Annual report of the Civil Veterinary Department, Bengal, and of the Bengal Veterinary College, for the year 1902-1903 - 1902-1903
Year: 1902
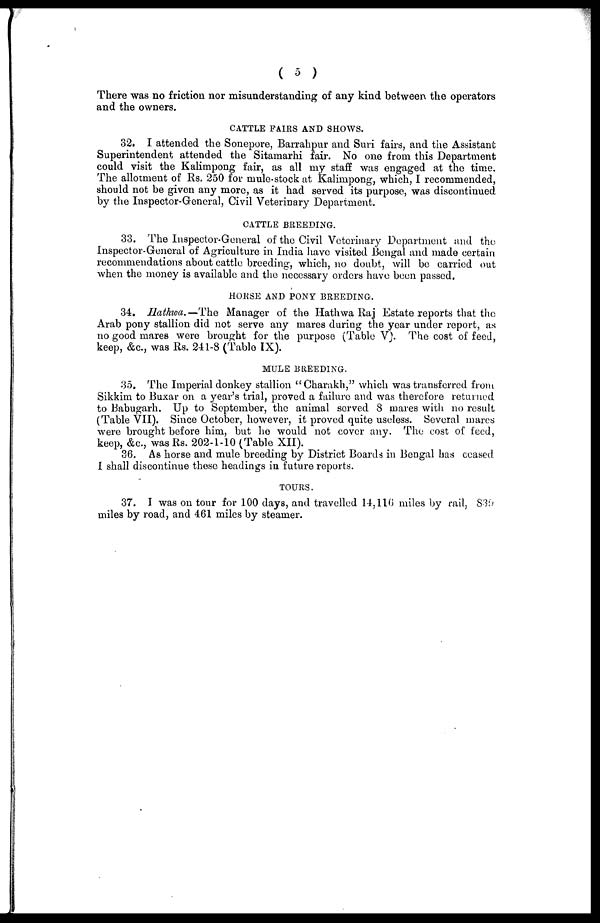
( 5 )
There was no friction nor misunderstanding of any kind between the operators
and the owners.
CATTLE PAIRS AND SHOWS.
32. I attended the Sonepore, Barrahpur and Suri fairs, and the Assistant
Superintendent attended the Sitamarhi fair. No one from this Department
could visit the Kalimpong fair, as all my staff was engaged at the time.
The allotment of Rs. 250 for mule-stock at Kalimpong, which, I recommended,
should not be given any more, as it had served its purpose, was discontinued
by the Inspector-General, Civil Veterinary Department.
CATTLE BREEDING.
33. The Inspector-General of the Civil Veterinary Department and the
Inspector-General of Agriculture in India have visited Bengal and made certain
recommendations about cattle breeding, which, no doubt, will be carried out
when the money is available and the necessary orders have been passed.
HORSE AND PONY BREEDING.
34. Hathwa. —The Manager of the Hathwa Raj Estate reports that the
Arab pony stallion did not serve any mares during the year under report, as
no good mares were brought for the purpose (Table V). The cost of feed,
keep, &c., was Rs. 241-8 (Table IX).
MULE BREEDING.
35. The Imperial donkey stallion "Charakh," which was transferred from
Sikkim to Buxar on a year's trial, proved a failure and was therefore returned
to Babugarh. Up to September, the animal served 8 mares with no result
(Table VII). Since October, however, it proved quite useless. Several mares
were brought before him, but ho would not cover any. The cost of feed,
keep, &c., was Rs. 202-1-10 (Table XII).
36. As horse and mule breeding by District Boards in Bengal has ceased
I shall discontinue these headings in future reports.
TOURS.
37. I was on tour for 100 days, and travelled 14,116 miles by rail, 839
miles by road, and 461 miles by steamer.